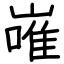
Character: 嶉